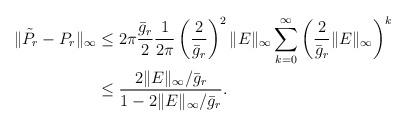
LaTeX: \begin{align*}\|\tilde P_r - P_r\|_{\infty} &\leq 2\pi\frac{\bar g_r}{2}\frac{1}{2\pi} \left(\frac{2}{\bar g_r}\right)^2\|E\|_{\infty}\sum_{k=0}^{\infty}\left(\frac{2}{\bar g_r}\|E\|_{\infty}\right)^k\\&\leq \frac{2\|E\|_{\infty}/\bar g_r}{1- 2\|E\|_{\infty}/\bar g_r}.\end{align*}